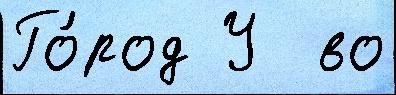
Го́род У  во